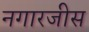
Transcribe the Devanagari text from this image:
नगारजीस